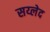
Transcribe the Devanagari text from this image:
सय्लेद